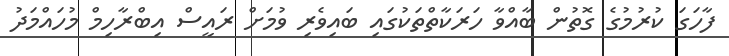
ފާހަގަ ކުރުމުގެ ގޮތުން ބާއްވާ ހަރަކާތްތަކުގައި ބައިވެރި ވުމަށް ރައީސް އިބްރާހިމް މުހައްމަދު